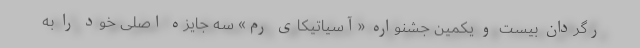
رگردان بیست و یکمین جشنواره «آسیاتیکای رم» سه جایزه اصلی خود را به